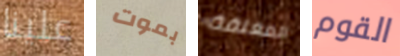
علينا بموت المغلقة القوم